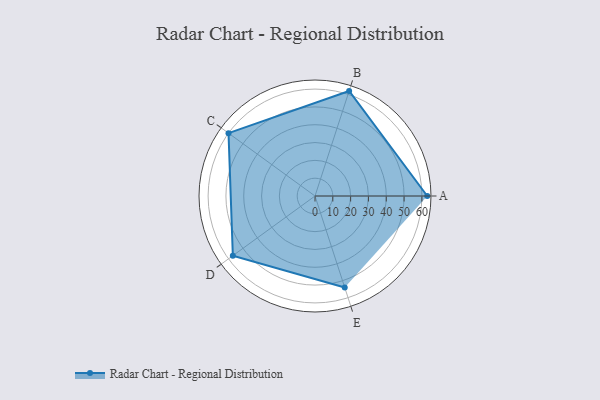
{"axis": {"x": "Skill", "y": "Score"}, "legend": ["Profile"], "data": [{"x": "A", "y": 63.0, "type": "Profile"}, {"x": "B", "y": 62.0, "type": "Profile"}, {"x": "C", "y": 60.0, "type": "Profile"}, {"x": "D", "y": 57.0, "type": "Profile"}, {"x": "E", "y": 54.0, "type": "Profile"}]}